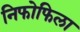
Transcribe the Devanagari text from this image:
निफोफिला